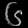
Digit: ၆